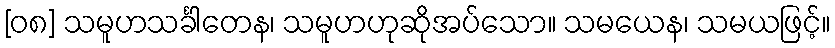
[၀၈] သမူဟသင်္ခါတေန၊ သမူဟဟုဆိုအပ်သော။ သမယေန၊ သမယဖြင့်။